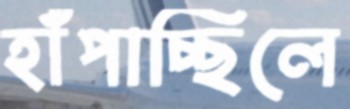
হাঁপাচ্ছিলে